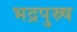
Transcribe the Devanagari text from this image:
भद्रपुस्र्ष